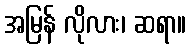
အမြန် လိုလား၊ ဆရာ။